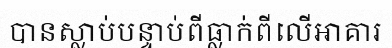
បានស្លាប់បន្ទាប់ពីធ្លាក់ពីលើអាគារ